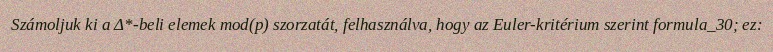
Számoljuk ki a Δ*-beli elemek mod(p) szorzatát, felhasználva, hogy az Euler-kritérium szerint formula_30; ez: